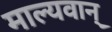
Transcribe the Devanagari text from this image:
माल्यवान्